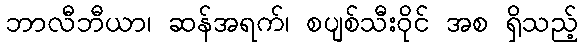
ဘာလီဘီယာ၊ ဆန်အရက်၊ စပျစ်သီးဝိုင် အစ ရှိသည့်